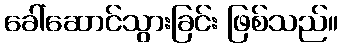
ခေါ်ဆောင်သွားခြင်း ဖြစ်သည်။